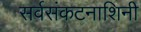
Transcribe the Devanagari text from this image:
सर्वसंकटनाशिनी